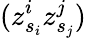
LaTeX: (z_{s_{i}}^{i}z_{s_{j}}^{j})